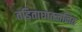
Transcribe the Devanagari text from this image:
तड़िताघातजनित